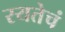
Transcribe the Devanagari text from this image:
रयतेचं